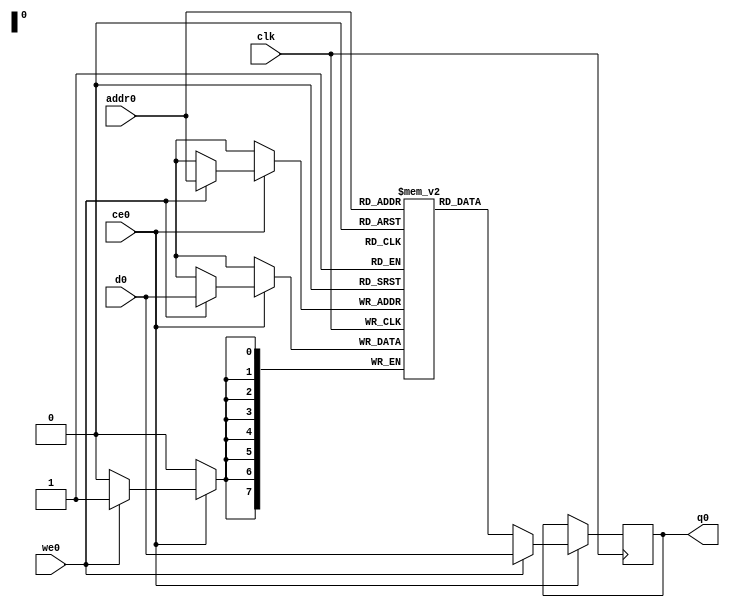
// ==============================================================
// File generated by Vivado(TM) HLS - High-Level Synthesis from C, C++ and SystemC
// Version: 2018.2
// Copyright (C) 1986-2018 Xilinx, Inc. All Rights Reserved.
// 
// ==============================================================

`timescale 1 ns / 1 ps
module matrix_multiply_tekP_ram (addr0, ce0, d0, we0, q0,  clk);

parameter DWIDTH = 8;
parameter AWIDTH = 8;
parameter MEM_SIZE = 256;

input[AWIDTH-1:0] addr0;
input ce0;
input[DWIDTH-1:0] d0;
input we0;
output reg[DWIDTH-1:0] q0;
input clk;

(* ram_style = "block" *)reg [DWIDTH-1:0] ram[0:MEM_SIZE-1];




always @(posedge clk)  
begin 
    if (ce0) 
    begin
        if (we0) 
        begin 
            ram[addr0] <= d0; 
            q0 <= d0;
        end 
        else 
            q0 <= ram[addr0];
    end
end


endmodule


`timescale 1 ns / 1 ps
module matrix_multiply_tekP(
    reset,
    clk,
    address0,
    ce0,
    we0,
    d0,
    q0);

parameter DataWidth = 32'd8;
parameter AddressRange = 32'd256;
parameter AddressWidth = 32'd8;
input reset;
input clk;
input[AddressWidth - 1:0] address0;
input ce0;
input we0;
input[DataWidth - 1:0] d0;
output[DataWidth - 1:0] q0;



matrix_multiply_tekP_ram matrix_multiply_tekP_ram_U(
    .clk( clk ),
    .addr0( address0 ),
    .ce0( ce0 ),
    .we0( we0 ),
    .d0( d0 ),
    .q0( q0 ));

endmodule